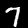
Digit: 7